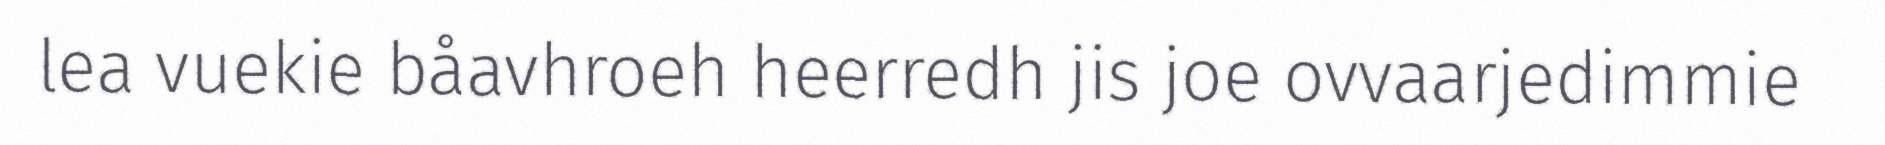
lea vuekie båavhroeh heerredh jis joe ovvaarjedimmie